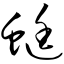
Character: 蜓